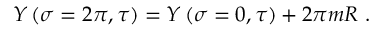
Y \left( \sigma = 2 \pi , \tau \right) = Y \left( \sigma = 0 , \tau \right) + 2 \pi m R \ .